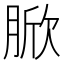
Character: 𦜓